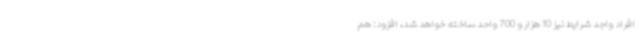
افراد واجد شرایط نیز 10 هزار و 700 واحد ساخته خواهد شد، افزود: هم